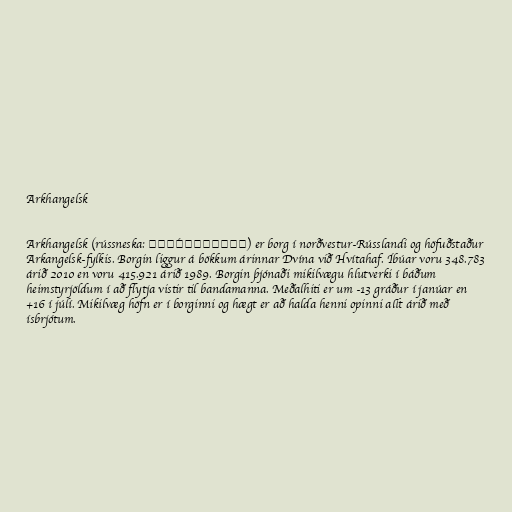
Arkhangelsk

Arkhangelsk (rússneska: Арха́нгельск) er borg í norðvestur-Rússlandi og höfuðstaður
Arkangelsk-fylkis. Borgin liggur á bökkum árinnar Dvína við Hvítahaf. Íbúar voru 348.783
árið 2010 en voru 415.921 árið 1989. Borgin þjónaði mikilvægu hlutverki í báðum
heimstyrjöldum í að flytja vistir til bandamanna. Meðalhiti er um -13 gráður í janúar en
+16 í júlí. Mikilvæg höfn er í borginni og hægt er að halda henni opinni allt árið með
ísbrjótum.